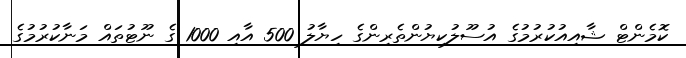
ކޮމެންޓް ޝާއިއުކުރުމުގެ އުސޫލުކިޔުންތެރިންގެ ހިޔާލު 500 އާއި 1000 ގެ ނޫޓުތައް މަނާކުރުމުގެ